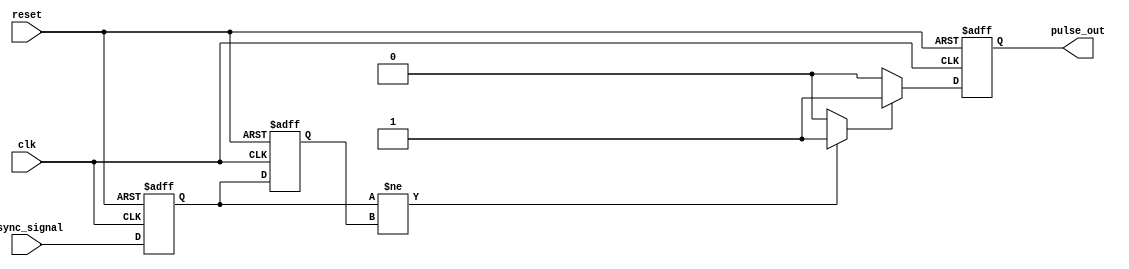
module metastability_detector (
    input wire clk,                // Local clock
    input wire async_signal,       // Asynchronous input signal
    input wire reset,              // Reset signal
    output reg pulse_out           // Output pulse signal
);

    // Internal signals
    reg ff1_out, ff2_out;          // Outputs of the flip-flops
    reg metastable_condition;       // Flag for metastability condition

    // First flip-flop to sample the asynchronous signal
    always @(posedge clk or posedge reset) begin
        if (reset) begin
            ff1_out <= 1'b0;
        end else begin
            ff1_out <= async_signal;
        end
    end

    // Second flip-flop to sample the output of the first flip-flop
    always @(posedge clk or posedge reset) begin
        if (reset) begin
            ff2_out <= 1'b0;
        end else begin
            ff2_out <= ff1_out;
        end
    end

    // Detect metastability condition
    always @(*) begin
        if (ff1_out != ff2_out) begin
            metastable_condition = 1'b1; // Metastability detected
        end else begin
            metastable_condition = 1'b0; // No metastability
        end
    end

    // Pulse generation logic
    always @(posedge clk or posedge reset) begin
        if (reset) begin
            pulse_out <= 1'b0;
        end else if (metastable_condition) begin
            pulse_out <= 1'b1; // Generate pulse
        end else begin
            pulse_out <= 1'b0; // Clear pulse
        end
    end

endmodule